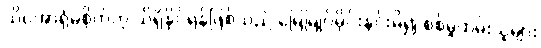
သိပ်အာရုံမစိုက်ဟု သိရှိနိုင်ရန်ဖြစ်သည် မြေမြုပ်မိုင်းနင်းမိ၍ စစ်မှုထမ်းသူများ